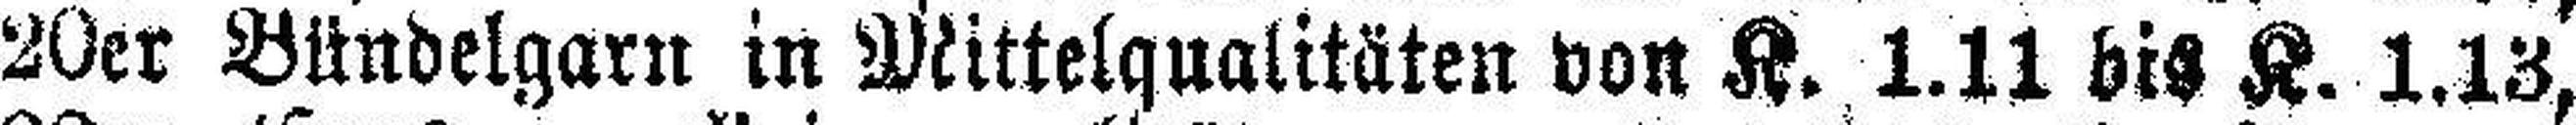
20er Bündelgarn in Mittelqualitäten von K. 1.11 bis K. 1.13,